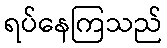
ရပ်နေကြသည်